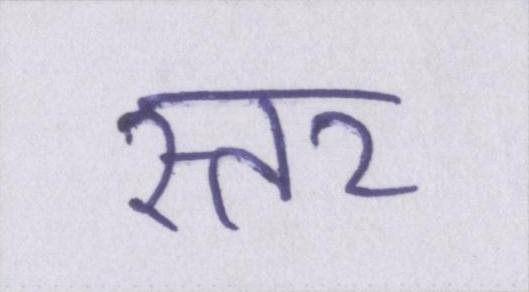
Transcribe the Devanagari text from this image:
स्तर